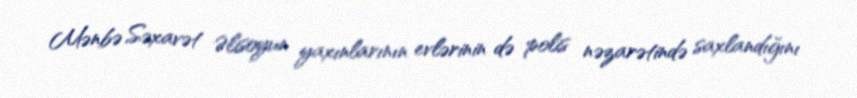
Mənbə Səxavət Əlisoyun yaxınlarının evlərinin də polis nəzarətində saxlandığını